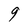
Character: 9